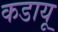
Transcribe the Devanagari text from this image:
कडायू